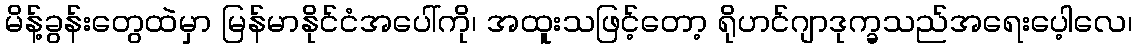
မိန့်ခွန်းတွေထဲမှာ မြန်မာနိုင်ငံအပေါ်ကို၊ အထူးသဖြင့်တော့ ရိုဟင်ဂျာဒုက္ခသည်အရေးပေ့ါလေ၊